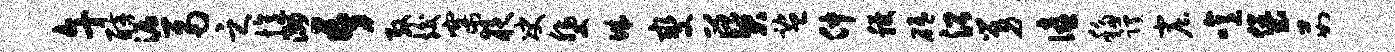
午醅漏鬲之忆洲吾殷竣寨夜决斐城燮葵监仲稷砥沿舅僖移蹊窟噫堡茹